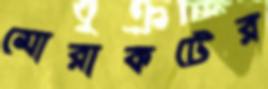
মোরাকটের